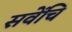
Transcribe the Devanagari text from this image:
सवेंचि